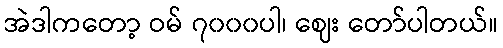
အဲဒါကတော့ ဝမ် ၇၀၀၀ပါ၊ ဈေး တော်ပါတယ်။